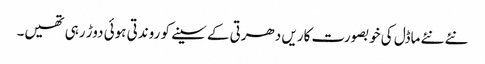
نئے نئے ماڈل کی خوبصورت کاریں دھرتی کے سینے کو روندتی ہوئی دوڑ رہی تھیں۔